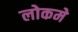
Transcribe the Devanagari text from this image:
लोकमे